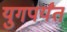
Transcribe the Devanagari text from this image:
युगपर्यंत